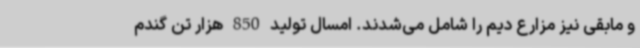
و مابقی نیز مزارع دیم را شامل می‌شدند. امسال تولید 850 هزار تن گندم